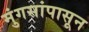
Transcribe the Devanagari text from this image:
मुंगसांपासून